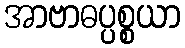
အာဗာဓပ္ပစ္စယာ